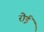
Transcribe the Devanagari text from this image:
रोईं